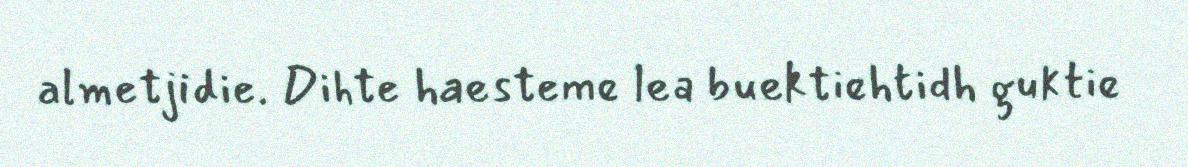
almetjidie. Dihte haesteme lea buektiehtidh guktie